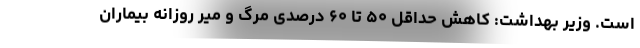
است. وزیر بهداشت: کاهش حداقل ۵۰ تا ۶۰ درصدی مرگ و میر روزانه بیماران